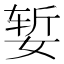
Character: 𰌆